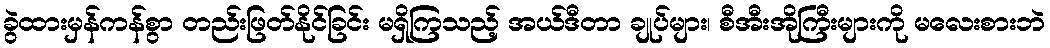
ခွဲထားမှန်ကန်စွာ တည်းဖြတ်နိုင်ခြင်း မရှိကြသည့် အယ်ဒီတာ ချုပ်များ၊ စီအီးအိုကြီးများကို မလေးစားဘဲ